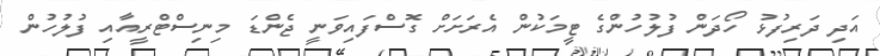
އަދި ދަރިފުޅު ހޯދަން ފުލުހުންގެ ޓީމަކުން އެރަށަށް ގޮސްފައިވަނީ ޖެންޑަ މިނިސްޓްރީއާއި ފުލުހުން